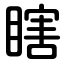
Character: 瞎